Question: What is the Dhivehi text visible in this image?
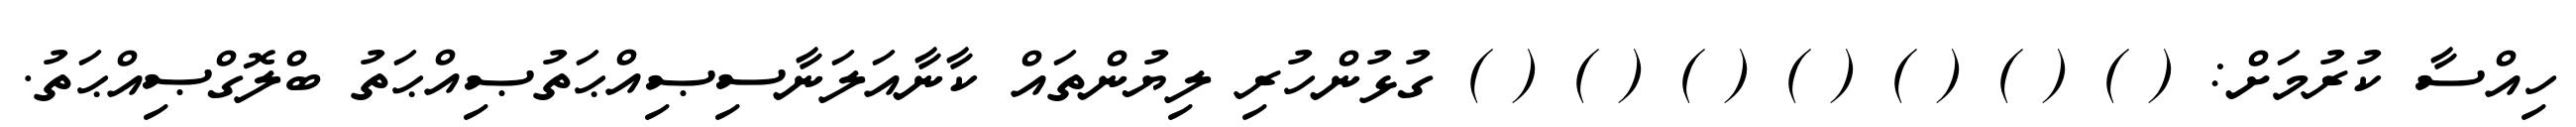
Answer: ހިއްސާ ކުރުމަށް: ( ) ( ) ( ) ( ) ( ) ( ) ( ) ގުޅުންހުރި ލިޔުންތައް ކާނާއަލަނާސިޞިއްޙަތުޞިއްޙަތު ބްލޮގްޞިއްޙަތު.